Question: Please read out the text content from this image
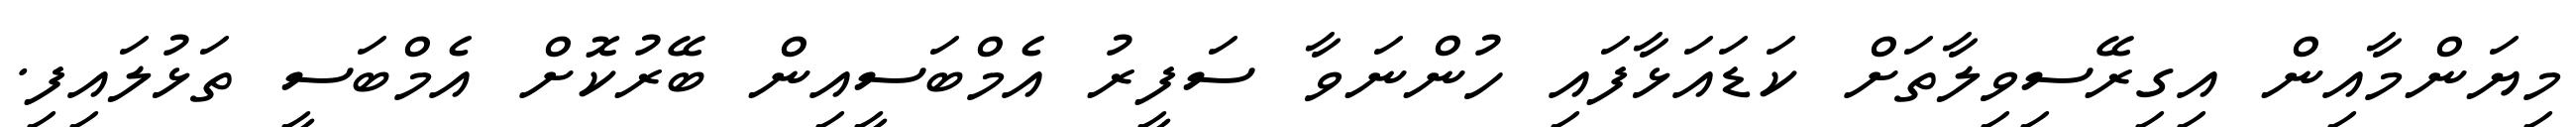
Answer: މިޔަންމާއިން އިގިރޭސިވިލާތަށް ކަޑައަޅާފައި ހުންނަވާ ސަފީރު އެމްބަސީއިން ބޭރުކޮށް އެމްބަސީ ތަޅުލައިފި.